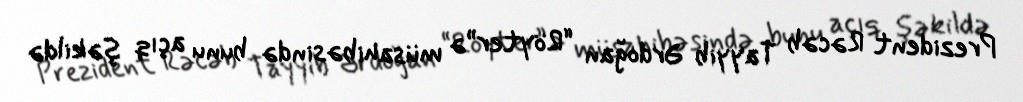
Prezident Rəcəb Tayyib Ərdoğan “Röyter”ə müsahibəsində bunu açıq şəkildə